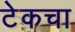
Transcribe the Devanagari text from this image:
टेकचा